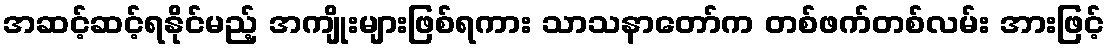
အဆင့်ဆင့်ရနိုင်မည့် အကျိုးများဖြစ်ရကား သာသနာတော်က တစ်ဖက်တစ်လမ်း အားဖြင့်